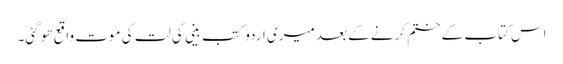
اس کتاب کے ختم کرنے کے بعد میری اردو کتب بینی کی لت کی موت واقع ھو گئی۔